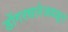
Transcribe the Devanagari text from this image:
डोंगरधारेजवळून